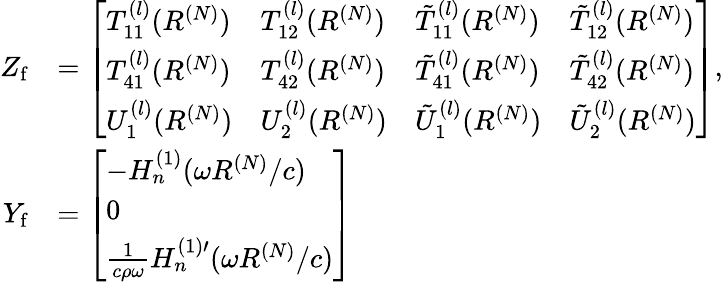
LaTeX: \begin{array}{rl}{Z_{\mathrm{f}}}&{=\left[\begin{array}{llll}{T_{11}^{(l)}(R^{(N)})}&{T_{12}^{(l)}(R^{(N)})}&{\tilde{T}_{11}^{(l)}(R^{(N)})}&{\tilde{T}_{12}^{(l)}(R^{(N)})}\\ {T_{41}^{(l)}(R^{(N)})}&{T_{42}^{(l)}(R^{(N)})}&{\tilde{T}_{41}^{(l)}(R^{(N)})}&{\tilde{T}_{42}^{(l)}(R^{(N)})}\\ {U_{1}^{(l)}(R^{(N)})}&{U_{2}^{(l)}(R^{(N)})}&{\tilde{U}_{1}^{(l)}(R^{(N)})}&{\tilde{U}_{2}^{(l)}(R^{(N)})}\end{array}\right],}\\ {Y_{\mathrm{f}}}&{=\left[\begin{array}{l}{-H_{n}^{(1)}(\omega R^{(N)}/c)}\\ {0}\\ {\frac{1}{c\rho\omega}H_{n}^{(1)\prime}(\omega R^{(N)}/c)}\end{array}\right]}\end{array}